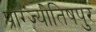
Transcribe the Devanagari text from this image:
प्राग्ज्योतिषपुर